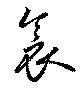
衾